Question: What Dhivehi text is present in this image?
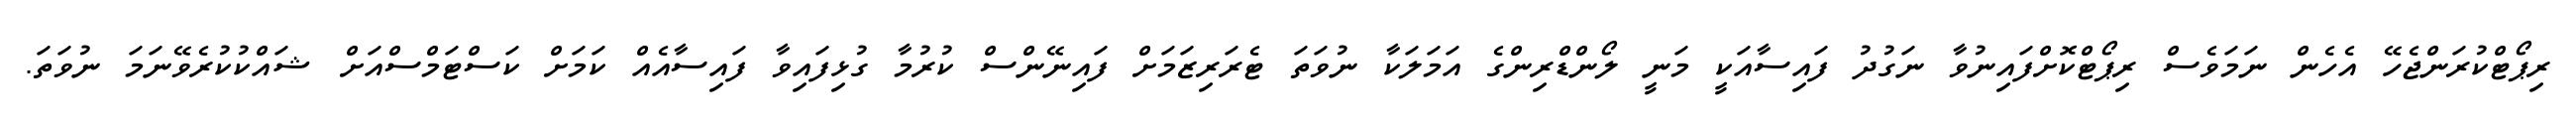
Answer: ރިޕޯޓްކުރަންޖެހޭ އެހެން ނަމަވެސް ރިޕޯޓްކޮށްފައިނުވާ ނަގުދު ފައިސާއަކީ މަނީ ލޯންޑްރިންގެ އަމަލަކާ ނުވަތަ ޓެރަރިޒަމަށް ފައިނޭންސް ކުރުމާ ގުޅިފައިވާ ފައިސާއެއް ކަމަށް ކަސްޓަމްސްއަށް ޝައްކުކުރެވޭނަމަ ނުވަތަ.